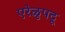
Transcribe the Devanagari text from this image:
एरेळुपदू